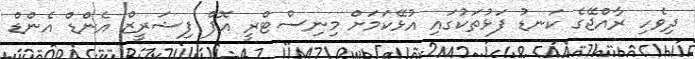
ދިވެހި ރާއްޖޭގެ ކަނޑު ފަޅުތަކުގައި އުޅޭކަމަށް މިނިސްޓްރީ އޮފް ފިޝަރީޒް އެންޑް އެންޑް